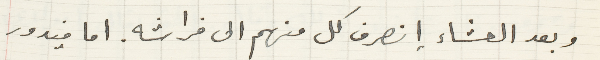
وبعد العشاء إنصرف كل منهم الى فراشه. اما فيدور